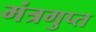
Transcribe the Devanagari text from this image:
मंत्रगुप्त